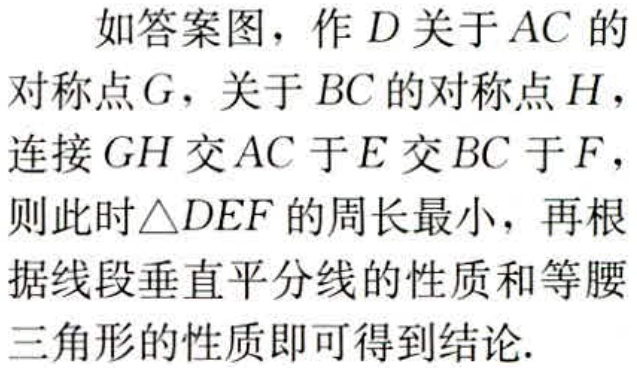
如答案图，作 \(D\) 关于 \(AC\) 的对称点 \(G\)，关于 \(BC\) 的对称点 \(H\)，连接 \(GH\) 交 \(AC\) 于 \(E\) 交 \(BC\) 于 \(F\)，则此时\(\triangle DEF\) 的周长最小，再根据线段垂直平分线的性质和等腰三角形的性质即可得到结论.